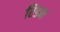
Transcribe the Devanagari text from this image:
रिडन